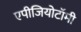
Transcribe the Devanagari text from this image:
एपीजियोटॉमी